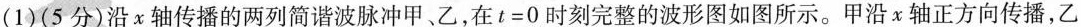
(1)(5分)沿x轴传播的两列简谐波脉冲甲、乙，在$$t = 0$$时刻完整的波形图如图所示。甲沿x轴正方向传播，乙